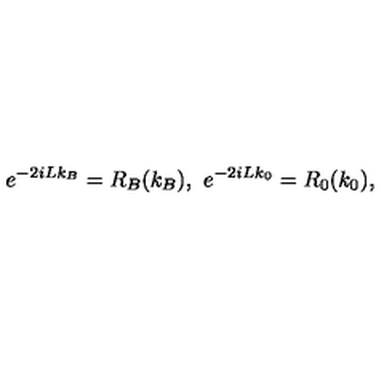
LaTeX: e ^ { - 2 i L k _ { B } } = R _ { B } ( k _ { B } ) , \ e ^ { - 2 i L k _ { 0 } } = R _ { 0 } ( k _ { 0 } ) ,